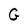
Character: G